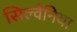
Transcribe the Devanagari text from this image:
सिल्वैनिया